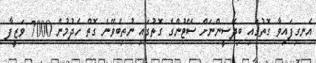
އެނގިފައިވާ ގޮތުގައި ބިދޭސީންނަށް ސޭޓުންގެ ގޮތުގައި ނުތިބެވޭނެ ގޮތް ހެދުމުން 7000 ވަޒީފާ